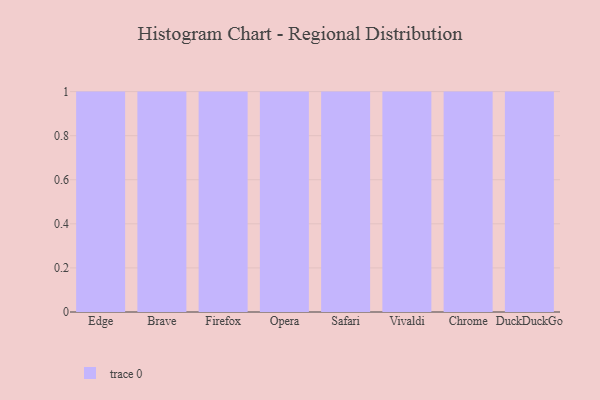
{"axis": {"x": "Browser", "y": "Population (Million)"}, "legend": [""], "data": [{"x": "Edge", "y": 73, "type": ""}, {"x": "Brave", "y": 76, "type": ""}, {"x": "Firefox", "y": 82, "type": ""}, {"x": "Opera", "y": 9, "type": ""}, {"x": "Safari", "y": 17, "type": ""}, {"x": "Vivaldi", "y": 72, "type": ""}, {"x": "Chrome", "y": 63, "type": ""}, {"x": "DuckDuckGo", "y": 48, "type": ""}]}